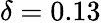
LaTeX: \delta=0.13